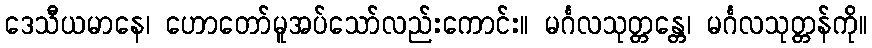
ဒေသီယမာနေ၊ ဟောတော်မူအပ်သော်လည်းကောင်း။ မင်္ဂလသုတ္တန္တေ၊ မင်္ဂလသုတ္တန်ကို။